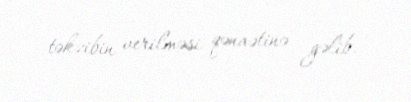
təkzibin verilməsi qənaətinə gəlib.